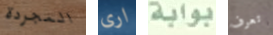
المجردة ارى بوابة تعرف